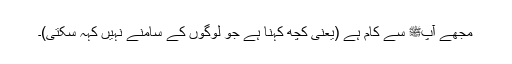
مجھے آپﷺ سے کام ہے (یعنی کچھ کہنا ہے جو لوگوں کے سامنے نہیں کہہ سکتی)۔